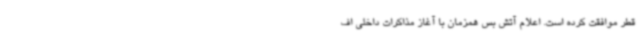
قطر موافقت کرده است. اعلام آتش بس همزمان با آغاز مذاکرات داخلی اف